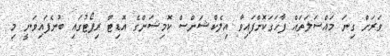
ވަރަށް ގިނަ މައްސަލަތައް ފާހަގަކޮށްފައިވާ އިލެކްޝަންސް ކޮމިޝަންގެ އޮޑިޓް ރިޕޯޓުގައި ބުނެފައިވަނީ މި